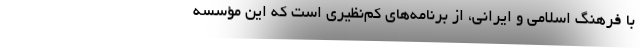
با فرهنگ اسلامی و ایرانی، از برنامه‌های کم‌نظیری است که این مؤسسه